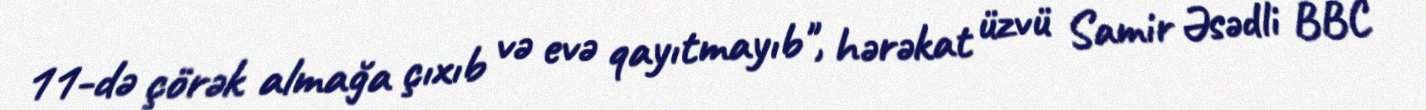
11-də çörək almağa çıxıb və evə qayıtmayıb", hərəkat üzvü Samir Əsədli BBC